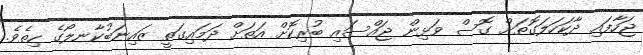
ޖަހާފައި ދާކަހަލަގޮތަށް ގޮސް ވަޅިން ޖައްސައި ބުރިކޮށް އަތަށް ދަމައިގަތީ ޒައިނަބުކާނލޯގެ ހިތެވެ.